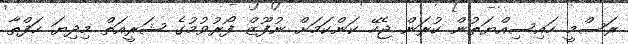
ރަސްމީ ހައިސިއްޔަތުން ކުރަން ޖެހޭ ކަންކަމަށް ނުފޫޒް ފޯރުވުމުގެ ޝަރީއަތް މިދިޔަ ހަފްތާ